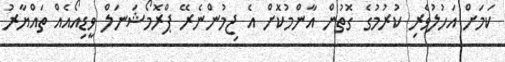
ކަމަށް އަހުލުވެރި ކުރުމުގެ ގޮތުން އާންމުކޮށް އެ ޖިމުންނެރޭ ޕްރޮމޯޝަނަލް ވީޑިއޯއެއް ތައްޔާރު